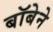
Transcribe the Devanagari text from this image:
बॉबेने